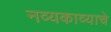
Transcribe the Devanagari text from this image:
नव्यकाव्याचे